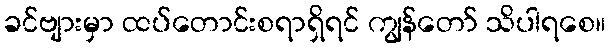
ခင်ဗျားမှာ ထပ်တောင်းစရာရှိရင် ကျွန်တော် သိပါရစေ။